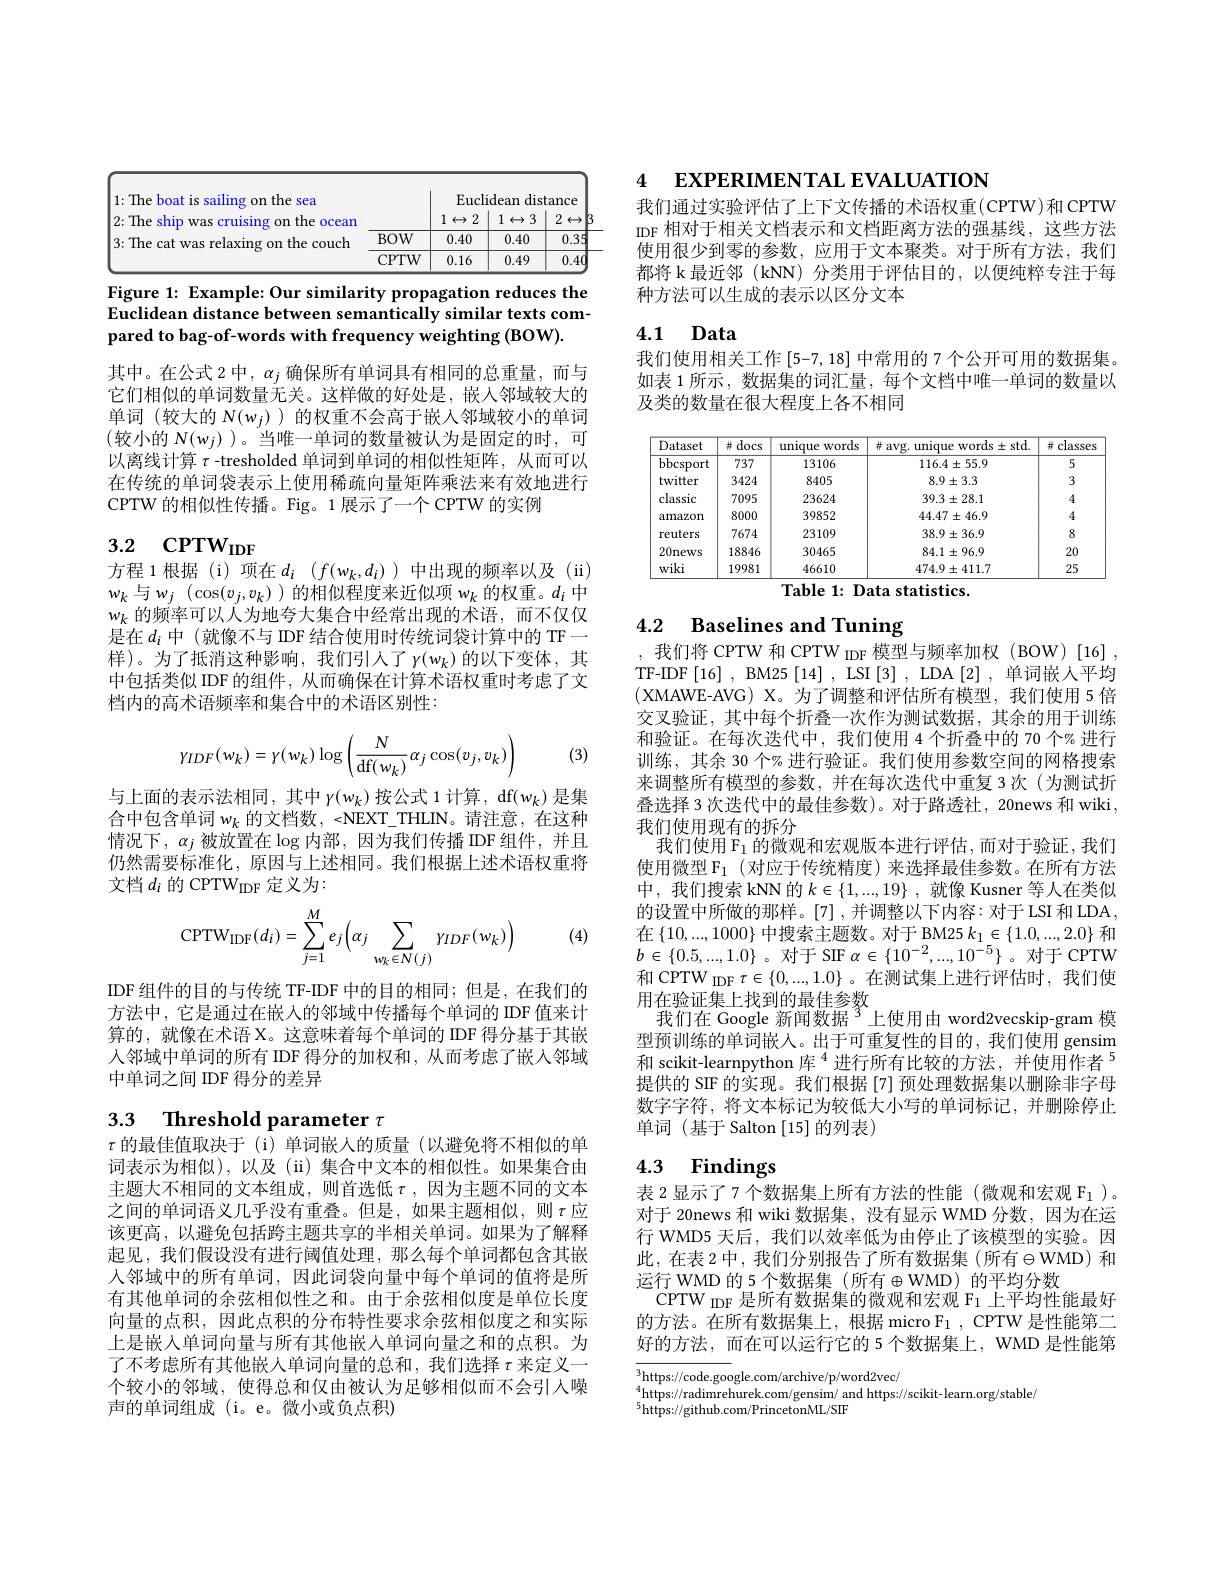
<table>
	<tbody>
		<tr>
			<th rowspan="2">1:The boat is sailing g on the 2 sea 2{:}The ship Was o cruising on the ocean</th>
			<th> </th>
			<th colspan="4">Euclidean distance</th>
		</tr>
		<tr>
			<th> </th>
			<th>1 2 $\leftrightarrow$</th>
			<th>1 3 $\leftrightarrow$ P</th>
			<th>2 $\leftrightarrow$</th>
			<th>$\rightarrow$</th>
		</tr>
		<tr>
			<td>$3\cdot The$ cat TITT 、1 vinc $1m$ the couch</td>
			<td>$BOW$</td>
			<td>0.40</td>
			<td>0.40</td>
			<td>0.3:</td>
			<td>35</td>
		</tr>
		<tr>
			<td> </td>
			<td>CPTW</td>
			<td>0.16</td>
			<td>0.49</td>
			<td>0.4</td>
			<td>40</td>
		</tr>
	</tbody>
</table>

Figure 1: Example: Our similarity propagation reduces the Euclidean distance between semantically similar texts compared to bag-of-words with frequency weighting (BOW).

其中。在公式 2 中$,\alpha_j$确保所有单词具有相同的总重量，而与它们相似的单词数量无关。这样做的好处是，嵌入邻域较大的单词(较大的$N(w_j)$ )的权重不会高于嵌入邻域较小的单词(较小的 $N(w_j)$ )。当唯一单词的数量被认为是固定的时，可以离线计算$\tau$ -tresholded 单词到单词的相似性矩阵，从而可以在传统的单词袋表示上使用稀疏向量矩阵乘法来有效地进行CPTW 的相似性传播。Fig。1 展示了一个 CPTW 的实例

# 3.2 CPTW$_\mathrm{IDF}$

方程 1 根据 (i)项在$d_i$ ($f(w_k,d_i)$中出现的频率以及 (ii) $w_k$与$w_j$ $(\cos(v_j,v_k)$ )的相似程度来近似项 w$_k$的权重。$d_i$中$w_k$的频率可以人为地夸大集合中经常出现的术语，而不仅仅是在$d_i$中 (就像不与 IDF 结合使用时传统词袋计算中的 TF— 样)。为了抵消这种影响，我们引入了$\gamma(w_k)$的以下变体，其中包括类似 IDF 的组件，从而确保在计算术语权重时考虑了文档内的高术语频率和集合中的术语区别性：
$$\gamma_{IDF}(w_k)=\gamma(w_k)\log\left(\frac{N}{\mathrm{df}(w_k)}\alpha_j\cos(v_j,v_k)\right)$$
(3)

与上面的表示法相同，其中$\gamma(w_k)$按公式 1 计算，df$(w_k)$是集合中包含单词$w_k$的文档数 , <NEXT\_THLIN。请注意，在这种情况下，$\alpha_j$被放置在$\log$内部，因为我们传播 IDF 组件，并且仍然需要标准化，原因与上述相同。我们根据上述术语权重将文档$d_i$的 CPTW$_\mathrm{IDF}$定义为：

(4)
$$\mathrm{CPTW}_{\mathrm{IDF}}(d_i)=\sum_{j=1}^Me_j\Big(\alpha_j\sum_{w_k\in N(j)}\gamma_{IDF}(w_k)\Big)$$
IDF 组件的目的与传统 TF-IDF 中的目的相同；但是，在我们的方法中，它是通过在嵌入的邻域中传播每个单词的 IDF 值来计算的，就像在术语 X。这意味着每个单词的 IDF 得分基于其嵌入邻域中单词的所有 IDF 得分的加权和，从而考虑了嵌人邻域中单词之间 DF 得分的差异

### 3.3 $\textbf{Threshold parameter }\tau$

$\tau$的最佳值取决于 (i)单词嵌人的质量 (以避免将不相似的单词表示为相似),以及(ii)集合中文本的相似性。如果集合由主题大不相同的文本组成，则首选低$\tau$,因为主题不同的文本之间的单词语义几乎没有重叠。但是，如果主题相似，则$\tau$应该更高，以避免包括跨主题共享的半相关单词。如果为了解释起见，我们假设没有进行阈值处理，那么每个单词都包含其嵌入邻域中的所有单词，因此词袋向量中每个单词的值将是所有其他单词的余弦相似性之和。由于余弦相似度是单位长度向量的点积，因此点积的分布特性要求余弦相似度之和实际上是嵌入单词向量与所有其他嵌人单词向量之和的点积。为了不考虑所有其他嵌人单词向量的总和，我们选择$\tau$来定义一个较小的邻域，使得总和仅由被认为足够相似而不会引人噪声的单词组成(i。e。微小或负点积)

4 EXPERIMENTAL EVALUATION

我们通过实验评估了上下文传播的术语权重(CPTW)和 CPTW IDF 相对于相关文档表示和文档距离方法的强基线，这些方法使用很少到零的参数，应用于文本聚类。对于所有方法，我们都将 k 最近邻 ( kNN) 分类用于评估目的，以便纯粹专注于每种方法可以生成的表示以区分文本

## 4.1 Data

我们使用相关工作 [5-7,18] 中常用的 7 个公开可用的数据集。如表 1 所示，数据集的词汇量，每个文档中唯一单词的数量以及类的数量在很大程度上各不相同

<table>
	<tbody>
		<tr>
			<th>Dataset</th>
			<th>$\#docs$</th>
			<th>unique ${\mathrm{words}}$</th>
			<th>$\#$ avg. unique words$\pm$std.</th>
			<th>拼 classes</th>
		</tr>
		<tr>
			<td>$\operatorname{bbcsport}$</td>
			<td>737</td>
			<td>13106</td>
			<td>$116.4\pm55.9$</td>
			<td>5</td>
		</tr>
		<tr>
			<td>twitter</td>
			<td>3424</td>
			<td>8405</td>
			<td>$8.9\pm3.3$</td>
			<td>3</td>
		</tr>
		<tr>
			<td>classic</td>
			<td>7095</td>
			<td>23624</td>
			<td>$39.3\pm28.1$</td>
			<td>4</td>
		</tr>
		<tr>
			<td>amazon</td>
			<td>8000</td>
			<td>39852</td>
			<td>$44.47\pm46.9$</td>
			<td>4</td>
		</tr>
		<tr>
			<td>reuters</td>
			<td>7674</td>
			<td>23109</td>
			<td>$38.9\pm36.9$</td>
			<td>8</td>
		</tr>
		<tr>
			<td>20news</td>
			<td>18846</td>
			<td>30465</td>
			<td>$84.1\pm96.9$</td>
			<td>20</td>
		</tr>
		<tr>
			<td>wiki</td>
			<td>19981</td>
			<td>46610</td>
			<td>$474.9\pm411.7$</td>
			<td>25</td>
		</tr>
	</tbody>
</table>
Table 1: Data statistics.

## 4.2 $\textbf{Baselines and Tuning}$

,我们将 CPTW 和 CPTW IDF 模型与频率加权(BOW)[16], TF-IDF[16],BM25[14],LSI[3],LDA[2],单词嵌人平均(XMAWE-AVG) X。为了调整和评估所有模型，我们使用 5 倍交叉验证，其中每个折叠一次作为测试数据，其余的用于训练和验证。在每次迭代中，我们使用 4 个折叠中的 70 个% 进行训练，其余 30 个% 进行验证。我们使用参数空间的网格搜索来调整所有模型的参数，并在每次迭代中重复 3 次 (为测试折叠选择 3 次迭代中的最佳参数)。对于路透社，20news 和 wiki, 我们使用现有的拆分
我们使用$\mathcal{F}_1$的微观和宏观版本进行评估，而对于验证，我们使用微型 F$_1$ (对应于传统精度)来选择最佳参数。在所有方法中，我们搜索 kNN 的$k\in\{1,...,19\}$,就像 Kusner 等人在类似的设置中所做的那样。[7] ,并调整以下内容：对于 LSI 和 LDA, 在$\left\{10,...,1000\right\}$中搜索主题数。对于 BM25$k_1\in\left\{1.0,...,2.0\right\}$和$b\in\{0.5,...,1.0\}$。对于 SIF$\alpha\in\{10^-2,...,10^{-5}\}$。对于 CPTW 和 CPTW IDF $\tau\in\{0,...,1.0\}$ 。在测试集上进行评估时，我们使用在验证集上找到的最佳参数
我们在 Google 新闻数据$^3$上使用由 word2vecskip-gram 模型预训练的单词嵌入。出于可重复性的目的，我们使用 gensim 和 scikit-learnpython 库$^{4}$进行所有比较的方法，并使用作者$^{5}$ 提供的 SIF 的实现。我们根据 [7] 预处理数据集以删除非字母数字字符，将文本标记为较低大小写的单词标记，并删除停止单词(基于 Salton[15]的列表)

# 4.3 Findings

表 2 显示了 7 个数据集上所有方法的性能 (微观和宏观$\mathcal{F}_1$ )。对于 20news 和 wiki 数据集，没有显示 WMD 分数，因为在运行 WMD5 天后，我们以效率低为由停止了该模型的实验。因此，在表 2 中，我们分别报告了所有数据集 (所有$\oplus$WMD) 和运行 WMD 的 5 个数据集 (所有$\oplus$WMD)的平均分数
CPTW IDF 是所有数据集的微观和宏观 F1 上平均性能最好的方法。在所有数据集上，根据 micro F $_1$, CPTW 是性能第二好的方法，而在可以运行它的 5个数据集上，WMD 是性能第

$^3$https://code.google.com/archive/p/word2vec/
$^4$https://radimrehurek.com/gensim/ and https://scikit-learn.org/stable/
$^{5}$https://github.com/PrincetonML/SIF